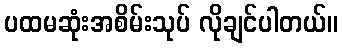
ပထမဆုံးအစိမ်းသုပ် လိုချင်ပါတယ်။